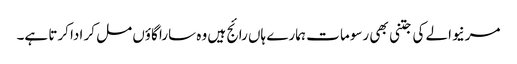
مرنیوالے کی جتنی بھی رسوما ت ہمارے ہاں رائج ہیں وہ سارا گاؤں مل کر ادا کرتا ہے۔